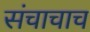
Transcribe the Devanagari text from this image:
संचाचाच